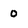
Character: 0